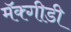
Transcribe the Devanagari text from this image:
मॅक्गीडी